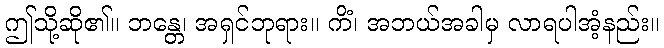
ဤသို့ဆို၏။ ဘန္တေ၊ အရှင်ဘုရား။ ကိံ၊ အဘယ်အခါမှ လာရပါအံ့နည်း။